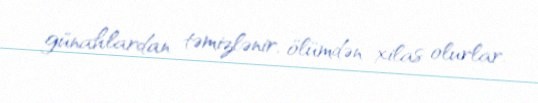
günahlardan təmizlənir, ölümdən xilas olurlar.